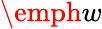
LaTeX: \emph{w}